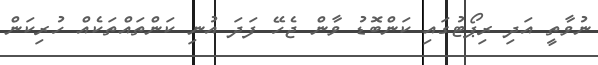
ނުވާތީ އަދި ރިޕޯޓުގައި ކަންބޮޑު ވާން ޖެހޭ ފަދަ އުނި ކަންތައްތަކެއް ހުރިކަން